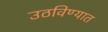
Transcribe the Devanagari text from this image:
उठविण्यात